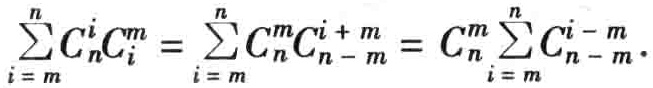
\(\sum_{i = m}^{n}C_{n}^{i}C_{i}^{m}=\sum_{i = m}^{n}C_{n}^{m}C_{n - m}^{i + m}=C_{n}^{m}\sum_{i = m}^{n}C_{n - m}^{i - m}\)